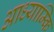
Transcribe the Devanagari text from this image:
आध्याम्कि